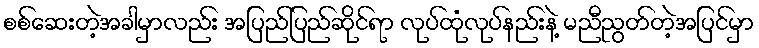
စစ်ဆေးတဲ့အခါမှာလည်း အပြည်ပြည်ဆိုင်ရာ လုပ်ထုံလုပ်နည်းနဲ့ မညီညွတ်တဲ့အပြင်မှာ